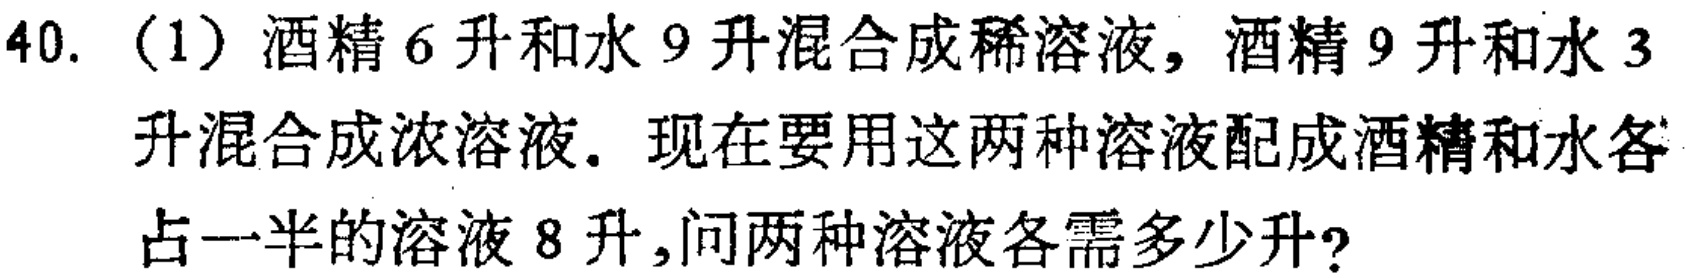
40.（1）酒精6升和水9升混合成稀溶液，酒精9升和水3升混合成浓溶液。现在要用这两种溶液配成酒精和水各占一半的溶液8升，问两种溶液各需多少升？